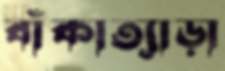
বাঁকাত্যাড়া